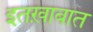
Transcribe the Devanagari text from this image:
इतख़ाबात